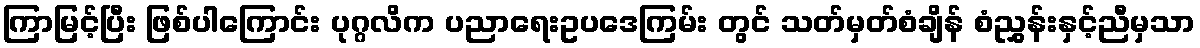
ကြာမြင့်ပြီး ဖြစ်ပါကြောင်း ပုဂ္ဂလိက ပညာရေးဥပဒေကြမ်း တွင် သတ်မှတ်စံချိန် စံညွှန်းနှင့်ညီမှသာ